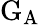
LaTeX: \mathrm{G_{A}}